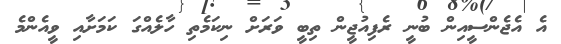
އެ އެޖެންސީއިން ބުނީ ރެފިއުޖީން ތިބީ ވަރަށް ނިކަމެތި ހާލެއްގަ ކަމަށާއި ވީއެންމެ